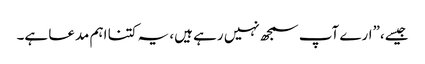
جیسے،”ارے آپ سمجھ نہیں رہے ہیں، یہ کتنا اہم مدعا ہے۔